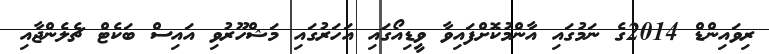
ރިވައިންޑް 2014ގެ ނަމުގައި އާންމުކޮށްފައިވާ ވީޑިއޯގައި އަހަރުގައި މަޝްހޫރުވި އައިސް ބަކެޓް ޗެލެންޖާއި